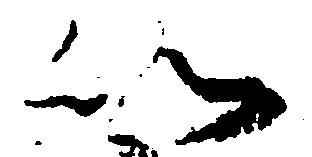
以